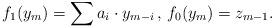
LaTeX: \begin{align*} f_1(y_{m}) = \sum a_{i} \cdot y_{m-i} \, , \, f_0(y_{m}) = z_{m-1}. \end{align*}